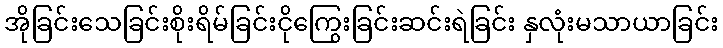
အိုခြင်းသေခြင်းစိုးရိမ်ခြင်းငိုကြွေးခြင်းဆင်းရဲခြင်း နှလုံးမသာယာခြင်း